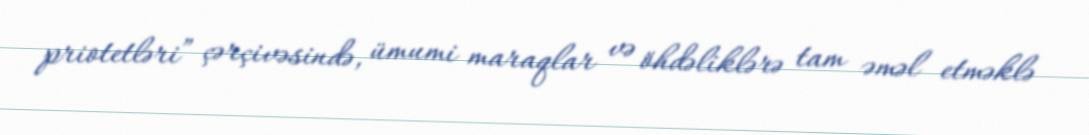
priotetləri” çərçivəsində, ümumi maraqlar və öhdəliklərə tam əməl etməklə